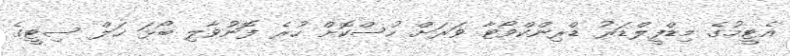
އެޓީމުގެ މިޑްފީލްޑަރު ޑްރިންކްވޯޓާ ވަރަށް ހުސްކޮށް ހުރެ ފޮނުވާލި ބޯޅަ ހަލް ސިޓީގެ